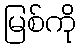
မြစ်ကို